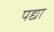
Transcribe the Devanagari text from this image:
पद्या